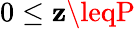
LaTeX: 0\leq\mathbf{z}\leqP